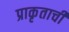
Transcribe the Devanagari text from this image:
प्राकृताची